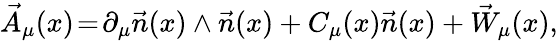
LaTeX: \vec{A}_{\mu}(x)\! =\! \partial_{\mu}\vec{n}(x)\wedge\vec{n}(x)+C_{\mu}(x)\vec{n}(x)+\vec{W}_{\mu}(x),